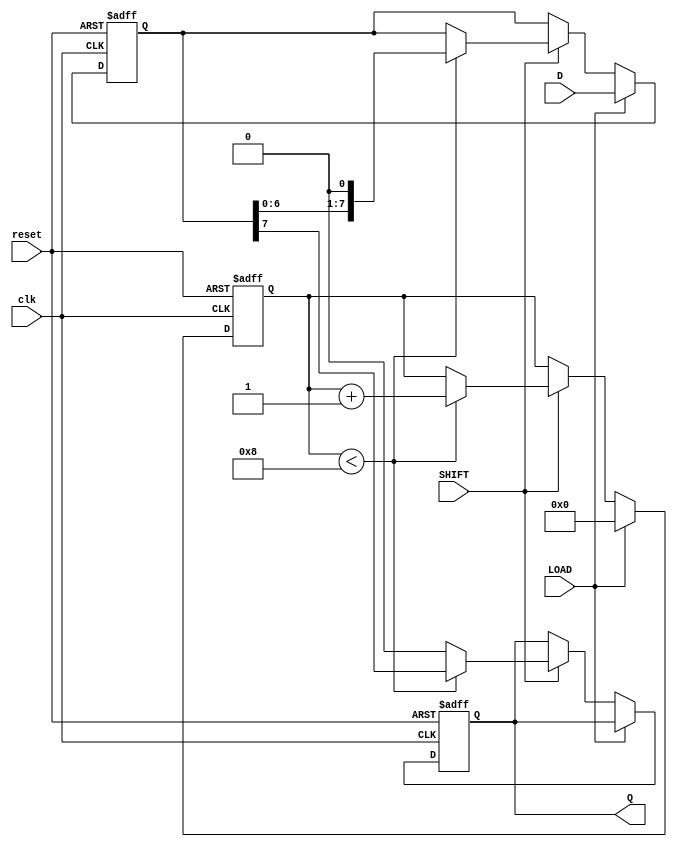
module TwoStagePISO (
    input wire clk,          // Clock signal
    input wire reset,        // Reset signal
    input wire LOAD,         // Load control signal
    input wire SHIFT,        // Shift control signal
    input wire [7:0] D,      // Parallel data input (8 bits)
    output reg Q            // Serial output
);

    reg [7:0] input_reg;    // Input stage register (to hold parallel data)
    reg [7:0] output_reg;   // Output stage register (to hold data for shifting)
    reg [3:0] bit_counter;  // Counter to track the number of bits shifted out

    // Reset and load behavior
    always @(posedge clk or posedge reset) begin
        if (reset) begin
            input_reg <= 8'b0; // Clear input register on reset
            output_reg <= 8'b0; // Clear output register on reset
            Q <= 1'b0;          // Clear output on reset
            bit_counter <= 4'b0; // Reset bit counter
        end else begin
            if (LOAD) begin
                input_reg <= D; // Load parallel input data into input register
                output_reg <= D; // Initialize output register with the loaded data
                bit_counter <= 4'b0; // Reset bit counter
            end else if (SHIFT) begin
                if (bit_counter < 8) begin
                    Q <= output_reg[7]; // Shift out the most significant bit
                    output_reg <= {output_reg[6:0], 1'b0}; // Shift left, fill LSB with 0
                    bit_counter <= bit_counter + 1; // Increment bit counter
                end else begin
                    Q <= 1'b0; // After all bits are shifted, output 0
                end
            end
        end
    end

endmodule